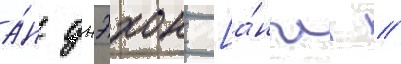
а́н джэхон [а́нгл. /